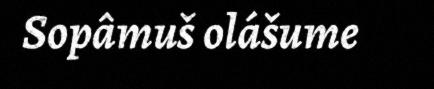
Sopâmuš olášume